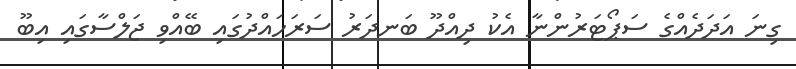
ގިނަ އަދަދެއްގެ ސަޕޯޓަރުންނާ އެކު ދިއްދޫ ބަނދަރު ސަރަހައްދުގައި ބޭއްވި ޖަލްސާގައި އިބޫ